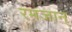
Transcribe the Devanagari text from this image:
रमजान्